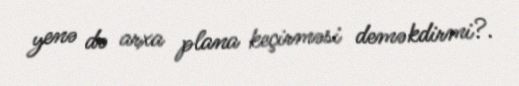
yenə də arxa plana keçirməsi deməkdirmi?.